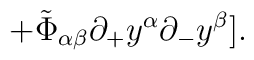
\hspace{20mm} + \tilde{\Phi}_{\alpha \beta}{\partial_{+}}y^{\alpha}{\partial_{-}}y^{\beta}].